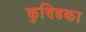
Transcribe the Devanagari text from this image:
कुण्डिका